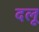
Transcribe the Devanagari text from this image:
दलू